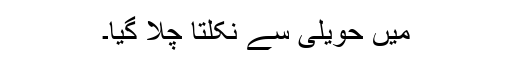
میں حویلی سے نکلتا چلا گیا۔